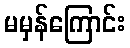
မမှန်ကြောင်း